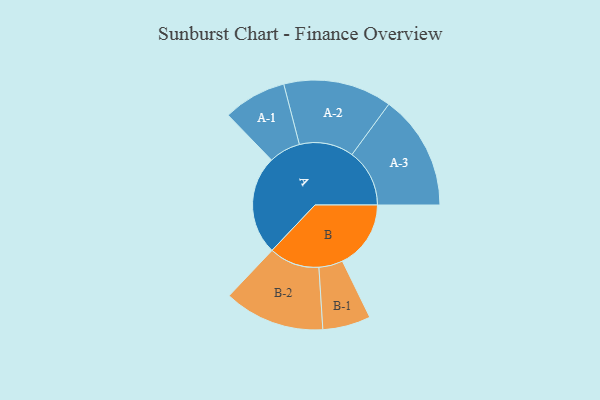
{"axis": {"x": "Segment", "y": "Value"}, "legend": ["", "A", "B"], "data": [{"x": "A", "y": 454, "type": ""}, {"x": "B", "y": 314, "type": ""}, {"x": "A-1", "y": 145, "type": "A"}, {"x": "A-2", "y": 249, "type": "A"}, {"x": "A-3", "y": 264, "type": "A"}, {"x": "B-1", "y": 110, "type": "B"}, {"x": "B-2", "y": 231, "type": "B"}]}